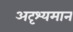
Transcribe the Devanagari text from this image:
अदृश्यमान